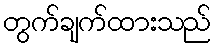
တွက်ချက်ထားသည်